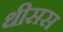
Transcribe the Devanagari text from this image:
थीसस